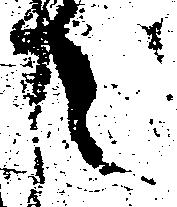
之